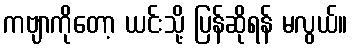
ကဗျာကိုတော့ ယင်းသို့ ပြန်ဆိုရန် မလွယ်။